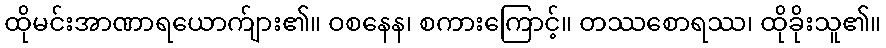
ထိုမင်းအာဏာရယောက်ျား၏။ ဝစနေန၊ စကားကြောင့်။ တဿစောရဿ၊ ထိုခိုးသူ၏။